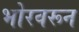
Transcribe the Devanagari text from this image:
भोरवरून